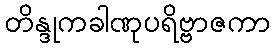
တိန္ဒုကခါဏုပရိဗ္ဗာဇကာ